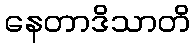
နေတာဒိသာတိ